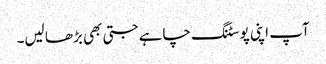
آپ اپنی پوسٹنگ چاہے جتی بھی بڑھا لیں۔